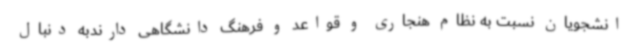
انشجویان نسبت به نظام هنجاری و قواعد و فرهنگ دانشگاهی دارندبه دنبال